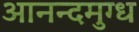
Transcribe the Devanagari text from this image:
आनन्दमुग्ध